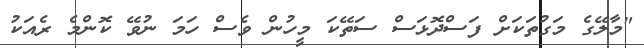
"މާލޭގެ މަގުތަކަށް ފަސްދޮޅަސް ސަތޭކަ މީހުން ވެެސް ހަމަ ނުވޭ ކޮންމެ ރެއަކު